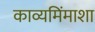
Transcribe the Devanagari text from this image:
काव्यमिंमाशा